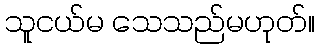
သူငယ်မ သေသည်မဟုတ်။